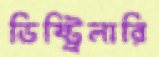
ডিষ্ট্রিলারি